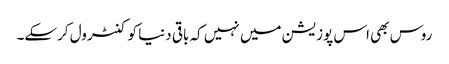
روس بھی اس پوزیشن میں نہیں کہ باقی دنیا کو کنٹرول کرسکے۔